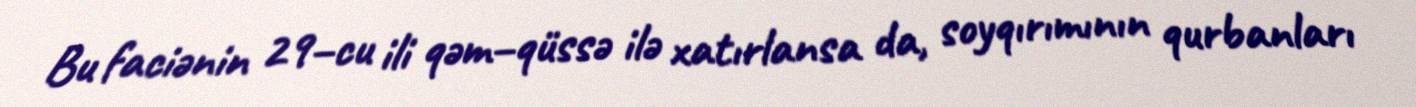
Bu faciənin 29–cu ili qəm–qüssə ilə xatırlansa da, soyqırımının qurbanları